Annual administration report of the Bombay Presidency - 1887-1892
Year: 1887
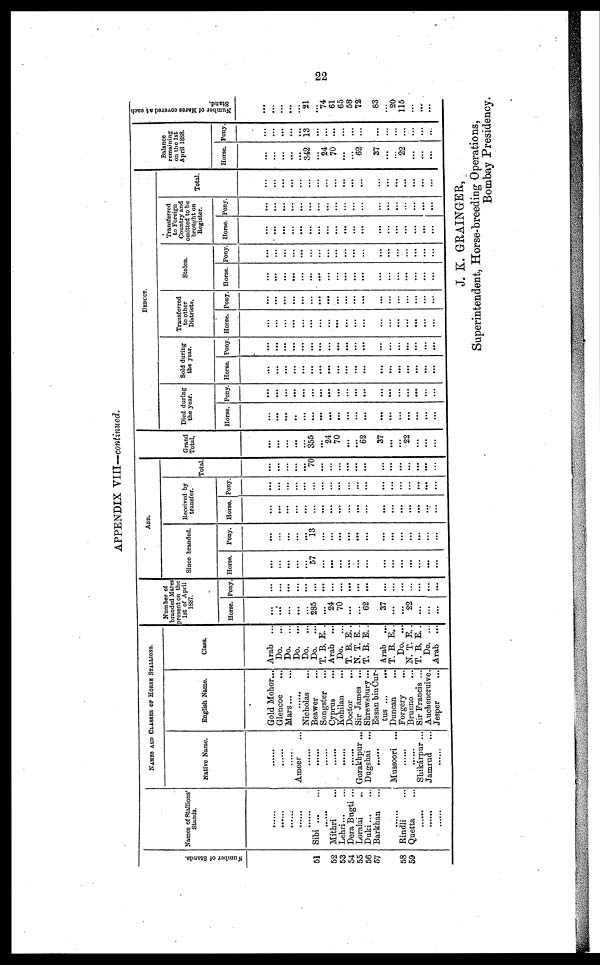
22
APPENDIX VIII—continued.
Nu mb e r of St ands .
51
52
53
54
55
56
57
58
59
Names of Stallions'
Stands.
......
......
......
......
......
Sibi ... ...
......
Mithri ...
Lehri... ...
Dera Bugti ...
Loralai ..
Duki ... ...
Barkhan ...
......
Rindli ...
Quetta ...
......
......
......
NAMES AND CLASSES OF HORSE STALLIONS.
Native Name.
......
......
......
Ameer ...
......
......
......
......
......
......
Gorakhpur ...
Dugshai ...
......
Mussoori ...
......
......
Shikárpur ...
Jamrud ...
......
English Name.
Gold Mohor...
Glencoe ...
Mars ... ...
......
Nicholas ...
Beawer ...
Songster ...
Cyprus ...
Kohilan ...
Doctor
...
Sir James ...
Shrewsbury ...
Essan bhi Cur-
tus ... ...
Duncan ...
Forgery ...
Brunno ...
Sir Francis ...
Auchencruive.
Jesper ...
Class.
Arab ...
Do. ...
Do. ...
Do. ...
Do. ...
Do. ...
T. B. E. .
Arab ...
Do. ...
T. B. E. .
N. T. E. .
T. B. E. .
Arab ...
T. B. E. .
Do. ...
N. T. E. .
T. B. E. .
Do. ...
Arab ...
Number of
branded Mares
present on the
1st of April
1887.
Horse.
...
...
...
...
...
285
...
24
70
...
...
62
37
...
...
22
...
...
...
Pony.
...
...
...
...
...
...
...
...
...
...
...
...
...
...
...
...
...
ADD.
Since branded.
Horse.
...
...
...
...
...
57
...
...
...
...
...
...
...
...
...
...
...
...
...
Pony.
...
...
...
...
13
...
...
...
...
...
...
...
...
...
...
...
...
...
Received by
transfer.
Horse.
...
...
...
...
...
...
...
...
...
...
...
...
...
...
...
...
Pony.
...
...
...
...
...
...
...
...
...
...
...
...
...
...
...
...
...
Total.
...
...
...
...
...
70
...
...
...
...
...
...
...
...
...
...
...
...
...
Grand
Total.
...
...
...
...
...
355
...
24
70
...
...
62
37
...
...
22
...
...
...
DEDUCT.
Died during
the year.
Horse.
...
...
...
..
...
...
...
...
...
...
...
...
...
...
...
...
...
...
...
Pony.
...
...
...
...
...
...
...
...
...
...
...
...
...
...
...
...
...
...
...
Sold during
the year.
Horse.
...
...
...
...
...
...
...
...
...
...
...
...
...
...
...
...
...
...
...
Pony.
...
...
...
...
...
...
...
...
...
...
...
...
...
...
...
...
...
...
...
Transferred
to other
Districts.
Ho. ..
...
...
...
...
...
...
...
...
...
...
...
...
...
...
...
...
...
...
Pony.
...
...
...
...
...
...
...
...
...
...
...
...
...
...
...
...
...
...
...
Stolen.
Horse.
...
...
...
...
...
...
...
...
...
...
...
...
...
...
...
...
...
...
...
Pony.
...
...
...
...
...
...
...
...
...
...
...
...
...
...
...
...
...
Transferred
to Foreign
Country and
omitted to be
brought on
Register.
Horse.
...
......
...
...
...
...
...
...
...
...
...
...
...
...
...
...
...
...
...
Pony.
...
...
...
...
...
...
...
...
...
...
...
...
...
...
...
...
...
Total.
...
...
...
...
...
...
...
...
...
...
...
...
...
...
...
...
...
...
...
Balance
remaining
on the 1st
April 1888.
Horse.
...
...
...
...
...
342
...
24
70
...
62
37
...
22
...
...
...
Pony.
...
...
...
...
...
13
...
...
...
...
...
...
...
...
...
...
...
...
...
Number of Mares covered at each
Stand.
...
...
...
...
...
21
...
74
61
65
58
72
83
...
20
115
...
...
...
J. K. GRAINGER,
Superintendent, Horse-breeding Operations,
Bombay Presidency.